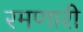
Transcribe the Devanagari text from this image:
रमणारी